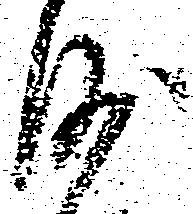
沙